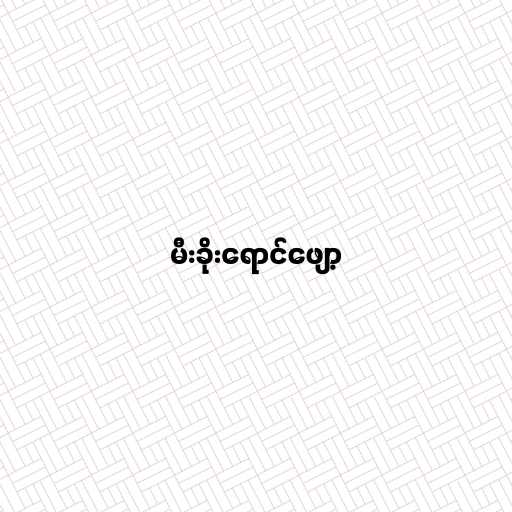
မီးခိုးရောင်ဖျော့